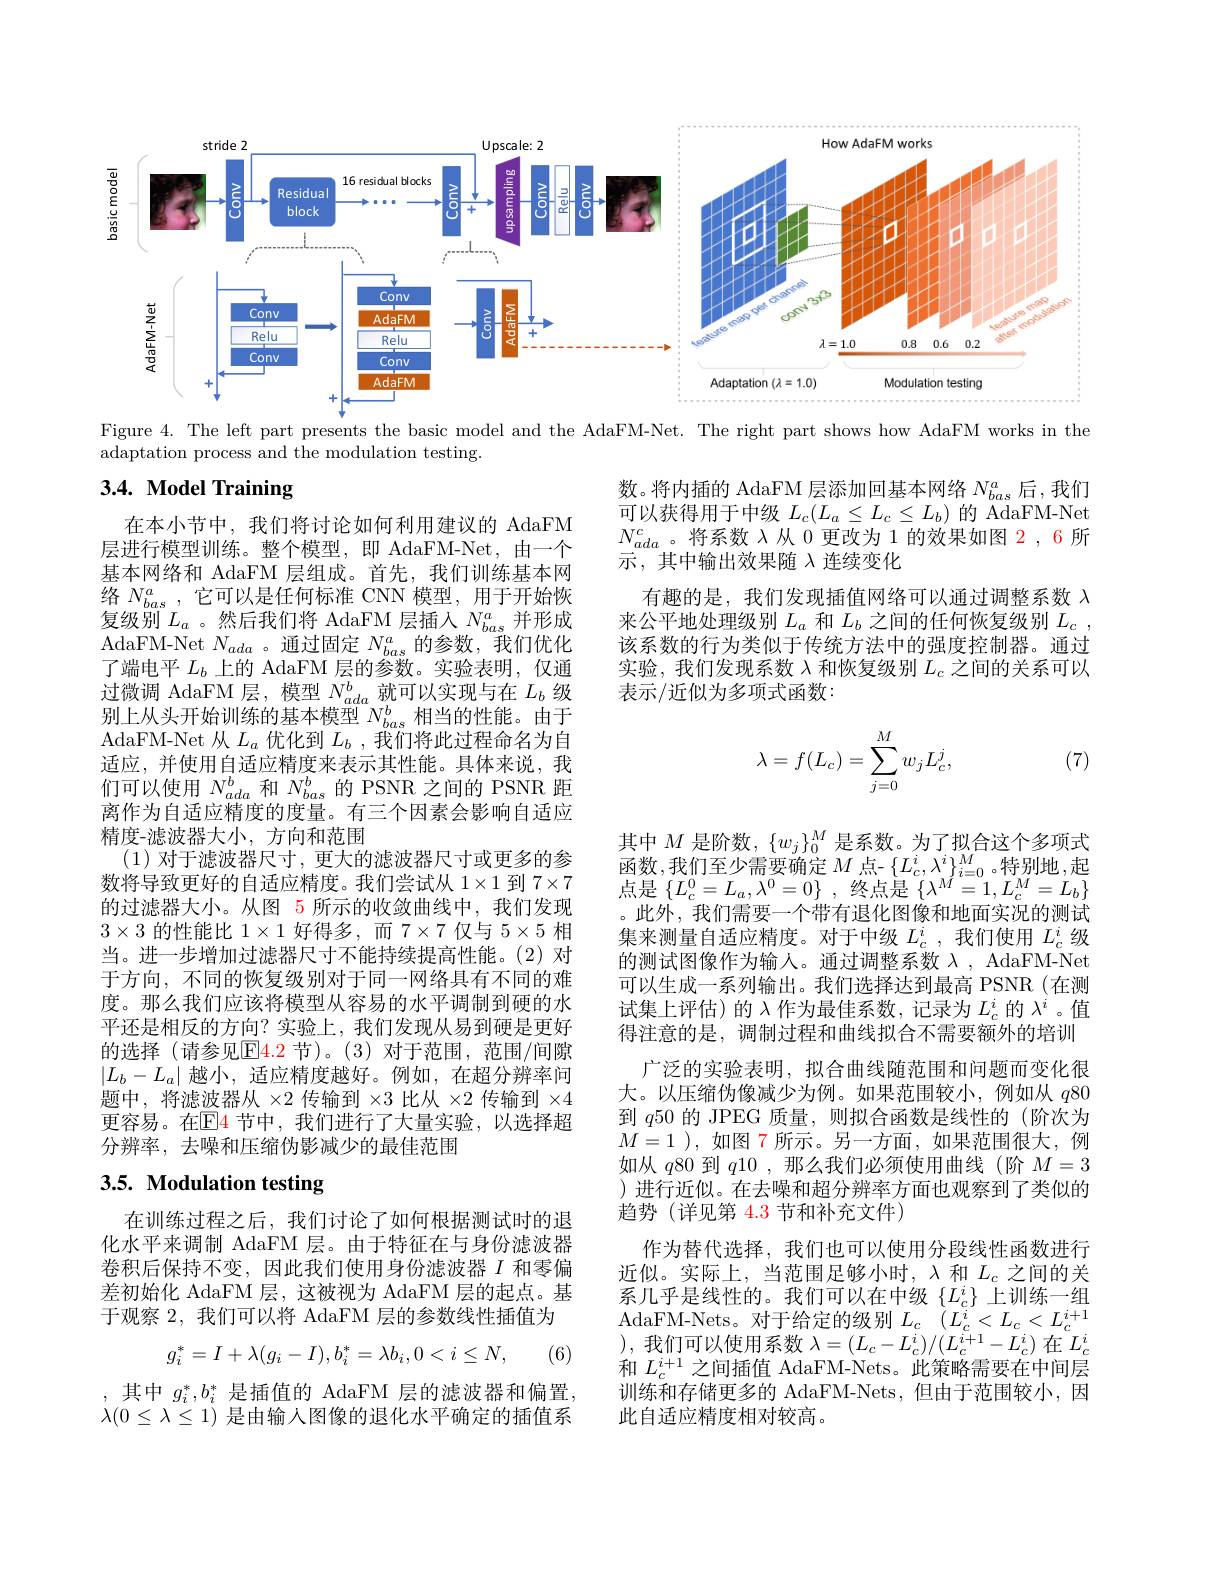
<FigureHere>

Figure 4. The left part presents the basic model and the AdaFM-Net. The right part shows how AdaFM works in the
adaptation process and the modulation testing.

# 3.4. Model Training

数。将内插的 AdaFM 层添加回基本网络$N_bas^a$后，我们可以获得用于中级$L_c(L_a\leq L_c\leq L_b)$的 AdaFM-Net $N_{ada}^c$。将系数$\lambda$从 0 更改为 1 的效果如图 2, 6 所示，其中输出效果随入连续变化

有趣的是，我们发现插值网络可以通过调整系数$\lambda$ 来公平地处理级别$L_a$和$L_b$之间的任何恢复级别$L_c$, 该系数的行为类似于传统方法中的强度控制器。通过实验，我们发现系数$\lambda$和恢复级别$L_c$之间的关系可以表示/近似为多项式函数：

(7)
$$\lambda=f(L_c)=\sum_{j=0}^Mw_jL_c^j,$$
在本小节中，我们将讨论如何利用建议的 AdaFM 层进行模型训练。整个模型，即 AdaFM-Net,由一个基本网络和 AdaFM 层组成。首先，我们训练基本网络$N_{bas}^a$,它可以是任何标准 CNN 模型，用于开始恢复级别$L_a$ 。然后我们将 AdaFM 层插人$N_bas^a$并形成AdaFM- Net $N_{ada}$。通过固定$N_bas^a$的参数，我们优化了端电平$L_b$上的 AdaFM 层的参数。实验表明，仅通过微调 AdaFM 层，模型$N_ada^b$就可以实现与在$L_b$级别上从头开始训练的基本模型$N_{bas}^{b}$相当的性能。由于AdaFM-Net 从$L_a$优化到$L_b$,我们将此过程命名为自适应，并使用自适应精度来表示其性能。具体来说，我们可以使用$N_{ada}^b$和$N_{bas}^b$的 PSNR 之间的 PSNR 距离作为自适应精度的度量。有三个因素会影响自适应精度-滤波器大小，方向和范围
(1)对于滤波器尺寸，更大的滤波器尺寸或更多的参数将导致更好的自适应精度。我们尝试从$1\times1$到 7$\times7$ 的过滤器大小。从图 5 所示的收敛曲线中，我们发现$3\times3$的性能比$1\times1$好得多，而$7\times7$仅与$5\times5$相当。进一步增加过滤器尺寸不能持续提高性能。(2)对于方向，不同的恢复级别对于同一网络具有不同的难度。那么我们应该将模型从容易的水平调制到硬的水平还是相反的方向？实验上，我们发现从易到硬是更好的选择(请参见$\color{red}{\mathrm{E}}\color{blue}{\mathrm{4.2~节)。(3)~对于范围，范围/间隙}}$ $\left|L_b-L_a\right|$越小，适应精度越好。例如，在超分辨率问题中，将滤波器从$\times2$传输到$\times3$比从$\times2$传输到$\times4$ 更容易。在$\mathbb{E}$4 节中，我们进行了大量实验，以选择超分辨率，去噪和压缩伪影减少的最佳范围

其中$M$是阶数，$\{w_j\}_0^M$是系数。为了拟合这个多项式函数，我们至少需要确定 $M$ 点- $\{L_c^i,\lambda^i\}_{i=0}^M$。特别地，起点是$\left\{L_{c}^{0}=L_{a},\lambda^{0}=0\right\}$,终点是$\left\{\lambda^{M}=1,L_{c}^{M}=L_{b}\right\}$ 。此外，我们需要一个带有退化图像和地面实况的测试集来测量自适应精度。对于中级$L_c^i$,我们使用$L_c^i$级的测试图像作为输入。通过调整系数$\lambda$, AdaFM-Net 可以生成一系列输出。我们选择达到最高 PSNR(在测试集上评估)的$\lambda$作为最佳系数，记录为$L_c^i$的$\lambda^i$ 。值得注意的是，调制过程和曲线拟合不需要额外的培训
广泛的实验表明，拟合曲线随范围和问题而变化很大。以压缩伪像减少为例。如果范围较小，例如从$q80$ 到$q$50 的 JPEG 质量，则拟合函数是线性的(阶次为$M=1$ ),如图 7 所示。另一方面，如果范围很大，例如从$q$80 到$q$10 ,那么我们必须使用曲线 (阶$M=3$ )进行近似。在去噪和超分辨率方面也观察到了类似的趋势 (详见第 4.3 节和补充文件)
作为替代选择，我们也可以使用分段线性函数进行近似。实际上，当范围足够小时，$\lambda$和$L_c$之间的关石口亚目线进的一种们可以在中级$(I^i)$上训练系几平是线性的。我们可以在中级$\{L_{i}^{2}\}$上训练一组AdaFM-Nets。对于给定的级别$L_c$ $( L_{c}^{i}< L_{c}< L_{c}^{i+ 1}$ ),我们可以使用系数$\lambda=(L_c-L_c^i)/(L_c^{i+1}-L_c^i)$在$L_c^i$ 和$L_c^{i+1}$之间插值 AdaFM-Nets。此策略需要在中间层训练和存储更多的 AdaFM-Nets,但由于范围较小，因此自适应精度相对较高。

# 3.5. Modulation testing

在训练过程之后，我们讨论了如何根据测试时的退化水平来调制 AdaFM 层。由于特征在与身份滤波器卷积后保持不变，因此我们使用身份滤波器$I$和零偏差初始化 AdaFM 层，这被视为 AdaFM 层的起点。基于观察 2, 我们可以将 AdaFM 层的参数线性插值为
$$g_i^*=I+\lambda(g_i-I),b_i^*=\lambda b_i,0<i\leq N,$$
(6)

,其中$g_i^*,b_i^*$是插值的 AdaFM 层的滤波器和偏置， $\lambda(0\leq\lambda\leq1)$是由输入图像的退化水平确定的插值系